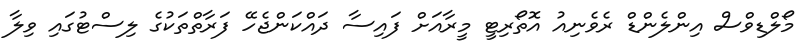
މޯލްޑިވްސް އިންލެންޑް ރެވެނިއު އޮތޯރިޓީ މީރާއަށް ފައިސާ ދައްކަންޖެހޭ ފަރާތްތަކުގެ ލިސްޓުގައި ވިލާ